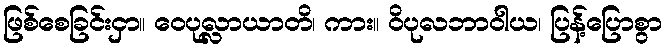
ဖြစ်စေခြင်းငှာ။ ဝေပုလ္လာယာတိ၊ ကား။ ဝိပုလဘာဝါယ၊ ပြန့်ပြောစွာ